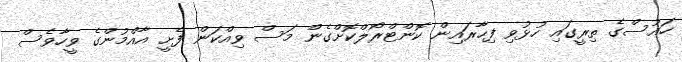
ހައުސްގެ ތިރީގައި ހުޅުވި ފިހާރައިން ކޮންޓްރޯލްކޮށްގެން މަސް ވިއްކަން ފެށީ އާއްމުންގެ ވީހާވެސް